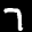
Label: 7